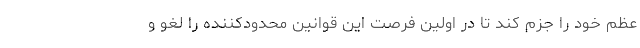
عظم خود را جزم کند تا در اولین فرصت این قوانین محدودکننده را لغو و